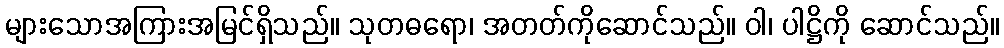
များသောအကြားအမြင်ရှိသည်။ သုတဓရော၊ အတတ်ကိုဆောင်သည်။ ဝါ၊ ပါဋ္ဌိကို ဆောင်သည်။